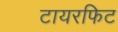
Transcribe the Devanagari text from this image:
टायरफिट